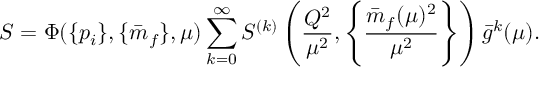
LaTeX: S = \Phi ( \{ p _ { i } \} , \{ \bar { m } _ { f } \} , \mu ) \sum _ { k = 0 } ^ { \infty } S ^ { ( k ) } \left( \frac { Q ^ { 2 } } { \mu ^ { 2 } } , \left\{ \frac { \bar { m } _ { f } ( \mu ) ^ { 2 } } { \mu ^ { 2 } } \right\} \right) \bar { g } ^ { k } ( \mu ) .